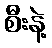
စီးနဲ့